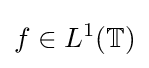
f\in L^{1}(\mathbb {T} )